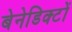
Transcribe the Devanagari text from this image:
बेनेडिक्टों